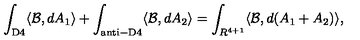
\int _ { \mathrm { D 4 } } \langle { \cal B } , d A _ { 1 } \rangle + \int _ { \mathrm { a n t i - D 4 } } \langle { \cal B } , d A _ { 2 } \rangle = \int _ { R ^ { 4 + 1 } } \langle { \cal B } , d ( A _ { 1 } + A _ { 2 } ) \rangle ,